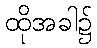
ထိုအခါ၌